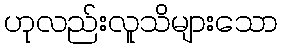
ဟုလည်းလူသိများသော